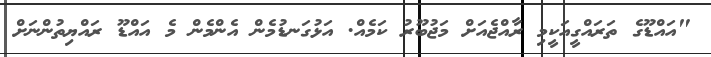
"އައްޑޫގެ ތަރައްގީއަކީމި ރާއްޖެއަށް މަޖުބޫރު ކަމެއް. އަޅުގަނޑުމެން އެންމެން މެ އައްޑޫ ރައްޔިތުންނަށް